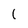
Character: l